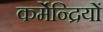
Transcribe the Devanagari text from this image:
कर्मेन्द्रियों